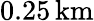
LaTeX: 0.25\, \mathrm{km}